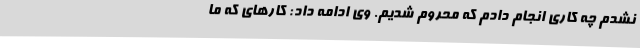
نشدم چه کاری انجام دادم که محروم شدیم. وی ادامه داد: کارهای که ما